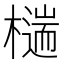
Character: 𣛹